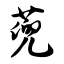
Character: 蔸